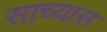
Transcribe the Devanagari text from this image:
साच्यास